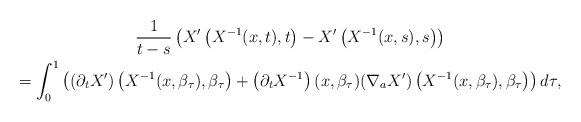
LaTeX: \begin{align*}\begin{gathered}\frac{1}{t-s} \left ( X' \left (X^{-1} (x,t),t \right ) - X' \left (X^{-1} (x,s),s \right ) \right ) \\ = \int_0 ^1 \left ( (\partial_t X' ) \left (X^{-1} (x,\beta_\tau),\beta_\tau \right ) + \left (\partial_t X^{-1} \right )(x, \beta_\tau) (\nabla_a X')\left (X^{-1} (x, \beta_\tau),\beta_\tau \right ) \right ) d\tau, \end{gathered}\end{align*}